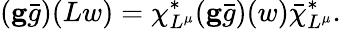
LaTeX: ({\mathbf g\bar{g}})(Lw)=\chi_{L^{\mu}}^{*}({\mathbf g\bar{g}})(w)\bar{\chi}_{L^{\mu}}^{*}.